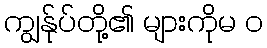
ကျွန်ုပ်တို့၏ များကိုမ ၀